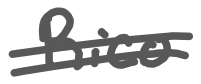
Text: Rico
Cross-out: double-line
Writing tool: digital_gray